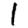
Digit: 1